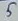
Text: 5